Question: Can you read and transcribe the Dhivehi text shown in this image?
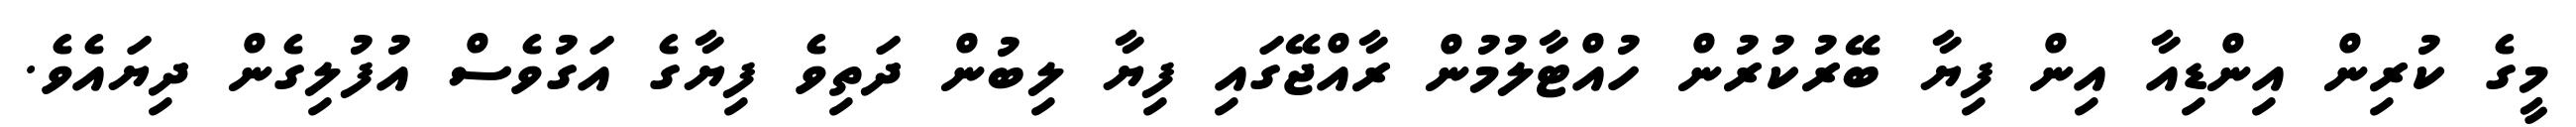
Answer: މީގެ ކުރިން އިންޑިއާ އިން ފިޔާ ބޭރުކުރުން ހުއްޓާލުމުން ރާއްޖޭގައި ފިޔާ ލިބުން ދަތިވެ ފިޔާގެ އަގުވެސް އުފުލިގެން ދިޔައެވެ.